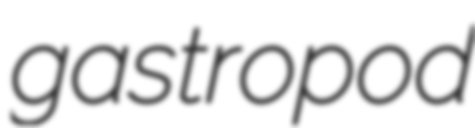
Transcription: gastropod